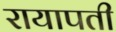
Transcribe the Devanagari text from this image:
रायापती